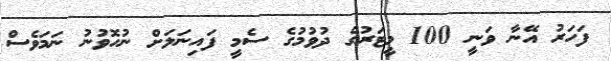
ފަހަރު އޭނާ ވަނީ 100 މީޓަރުގެ ދުވުމުގެ ސެމީ ފައިނަލަށް ނުހޮވުނު ނަމަވެސް